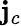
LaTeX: \mathbf{j}_{c}